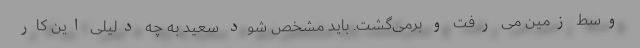
وسط زمین می رفت و برمی‌گشت. باید مشخص شود سعید به چه دلیلی این کار